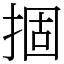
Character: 㧽